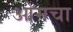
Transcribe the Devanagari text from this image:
ओमचा